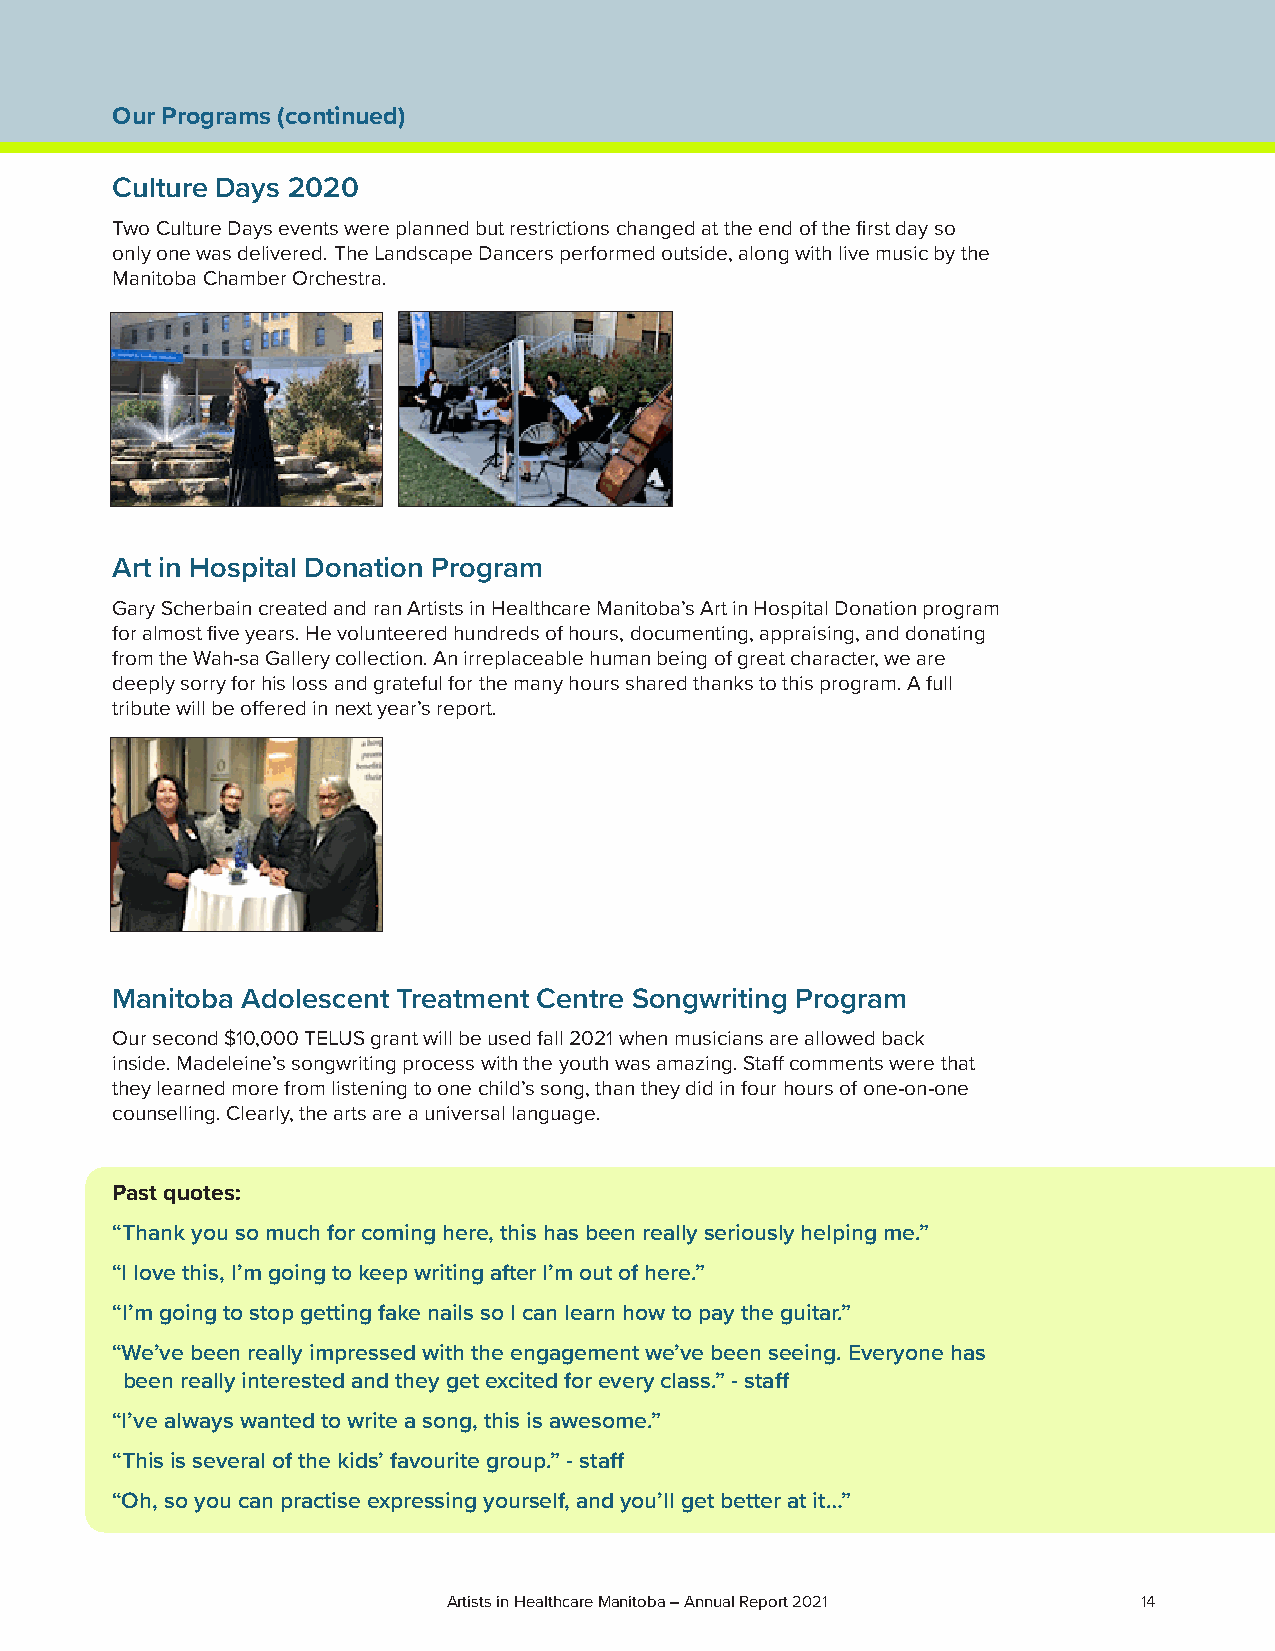
Our Programs (continued)
 Culture Days 2020
 Two Culture Days events were planned but restrictions changed at the end of the first day so
 only one was delivered. The Landscape Dancers performed outside, along with live music by the
 Manitoba Chamber Orchestra.
 Art in Hospital Donation Program
 Gary Scherbain created and ran Artists in Healthcare Manitoba’s Art in Hospital Donation program
 for almost five years. He volunteered hundreds of hours, documenting, appraising, and donating
 from the Wah-sa Gallery collection. An irreplaceable human being of great character, we are
 deeply sorry for his loss and grateful for the many hours shared thanks to this program. A full
 tribute will be offered in next year’s report.
 Manitoba Adolescent Treatment Centre Songwriting Program
 Our second $10,000 TELUS grant will be used fall 2021 when musicians are allowed back
 inside. Madeleine’s songwriting process with the youth was amazing. Staff comments were that
 they learned more from listening to one child’s song, than they did in four hours of one-on-one
 counselling. Clearly, the arts are a universal language.
 Past quotes:
 “Thank you so much for coming here, this has been really seriously helping me.”
 “I love this, I’m going to keep writing after I’m out of here.”
 “I’m going to stop getting fake nails so I can learn how to pay the guitar.”
 “We’ve been really impressed with the engagement we’ve been seeing. Everyone has
 been really interested and they get excited for every class.” - staff
 “I’ve always wanted to write a song, this is awesome.”
 “This is several of the kids’ favourite group.” - staff
 “Oh, so you can practise expressing yourself, and you’ll get better at it…”
 Artists in Healthcare Manitoba – Annual Report 2021 14